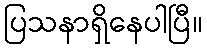
ပြသနာရှိနေပါပြီ။